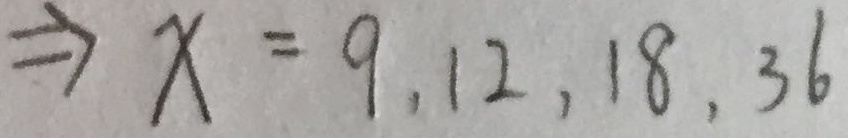
\Rightarrow x = 9 , 1 2 , 1 8 , 3 6